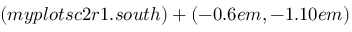
( m y p l o t s c 2 r 1 . s o u t h ) + ( - 0 . 6 e m , - 1 . 1 0 e m )